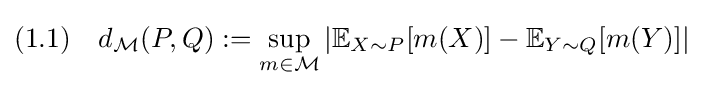
(1.1)\quad d_{\mathcal {M}}(P,Q):=\sup _{m\in {\mathcal {M}}}|\mathbb {E} _{X\sim P}[m(X)]-\mathbb {E} _{Y\sim Q}[m(Y)]|